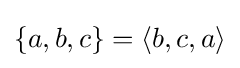
\{a,b,c\}=\langle b,c,a\rangle